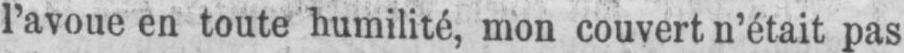
l’avoue en toute humilité, mon couvert n’était pas